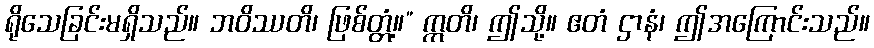
ရိုသေခြင်းမရှိသည်။ ဘဝိဿတိ၊ ဖြစ်တ္တံ့။” ဣတိ၊ ဤသို့။ ဧတံ ဌာနံ၊ ဤအကြောင်းသည်။